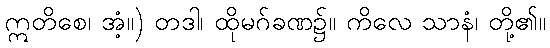
ဣတိစေ၊ အံ့။) တဒါ၊ ထိုမဂ်ခဏ၌။ ကိလေ သာနံ၊ တို့၏။